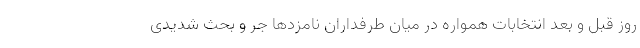
روز قبل و بعد انتخابات همواره در میان طرفداران نامزدها جر و بحث شدیدی